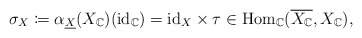
\begin{align*}\sigma_{X}\coloneqq\alpha_{\underline{X}}(X_{\mathbb{C}})(\mathrm{id}_{\mathbb{C}})=\mathrm{id}_{X}\times\tau\in\mathrm{Hom}_{\mathbb{C}}(\overline{X_{\mathbb{C}}},X_{\mathbb{C}}),\end{align*}